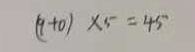
( 9 + 0 ) \times 5 = 4 5